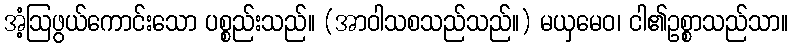
အံ့ဩဖွယ်ကောင်းသော ပစ္စည်းသည်။ (အာဝါသစသည်သည်။) မယှမေဝ၊ ငါ၏ဥစ္စာသည်သာ။